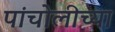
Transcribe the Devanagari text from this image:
पांचोलीच्या